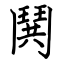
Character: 鬨